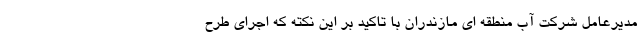
مدیرعامل شرکت آب منطقه ای مازندران با تاکید بر این نکته که اجرای طرح